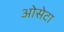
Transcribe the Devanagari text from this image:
ओसेटा